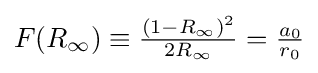
{\textstyle F(R_{\infty })\equiv {\frac {(1-R_{\infty })^{2}}{2R_{\infty }}}={\frac {a_{0}}{r_{0}}}}